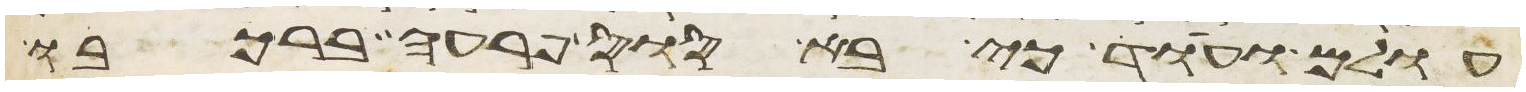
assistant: עולם ועוד כי בא סוס פרעה ברכבו